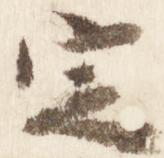
定